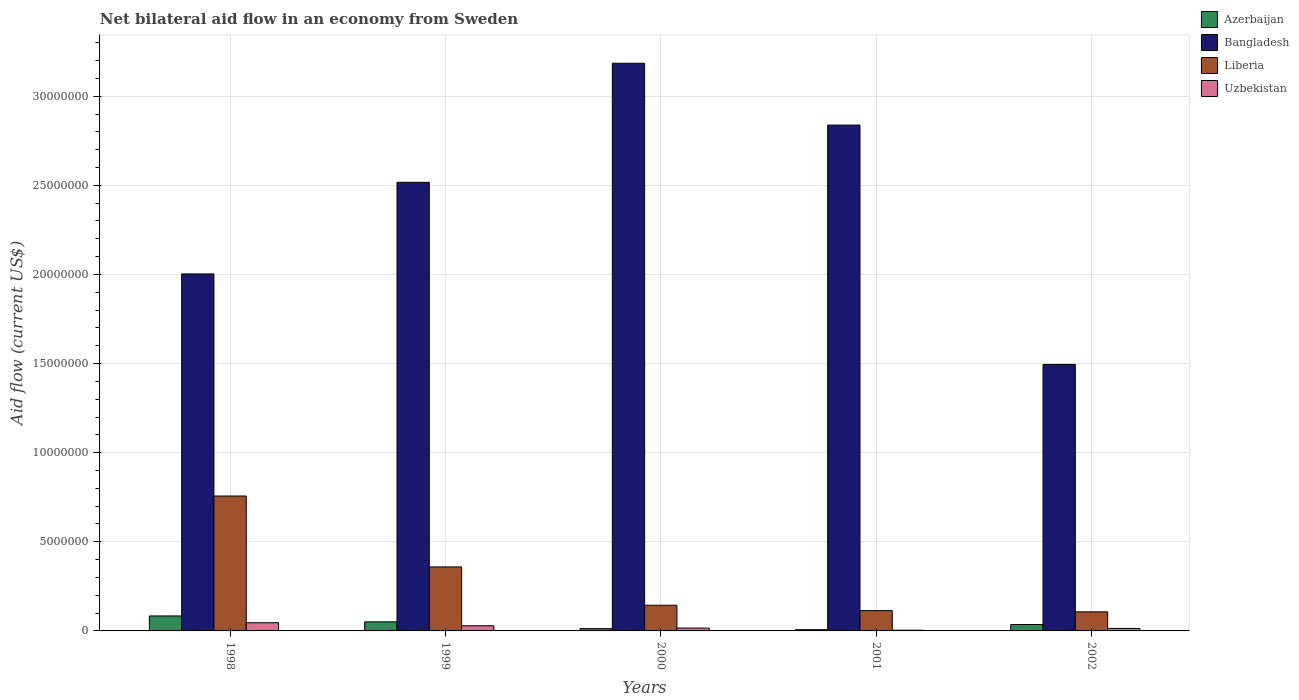
| Years | Azerbaijan | Bangladesh | Liberia | Uzbekistan |
 | --- | --- | --- | --- | --- |
 | 1998 | 8.4e+05 | 2e+07 | 7.57e+06 | 4.6e+05 |
 | 1999 | 5.1e+05 | 2.52e+07 | 3.59e+06 | 2.9e+05 |
 | 2000 | 1.3e+05 | 3.18e+07 | 1.44e+06 | 1.6e+05 |
 | 2001 | 7e+04 | 2.84e+07 | 1.14e+06 | 4e+04 |
 | 2002 | 3.6e+05 | 1.5e+07 | 1.07e+06 | 1.4e+05 |